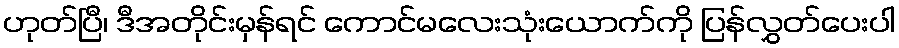
ဟုတ်ပြီ၊ ဒီအတိုင်းမှန်ရင် ကောင်မလေးသုံးယောက်ကို ပြန်လွှတ်ပေးပါ